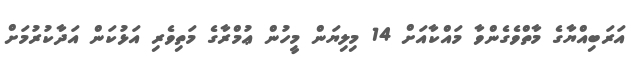
އަރަބިއްޔާގެ މާތްވެގެންވާ މައްކާއަށް 14 މިލިޔަން މީހުން ޢުމްރާގެ މަތިވެރި އަޅުކަން އަދާކުރުމަށް